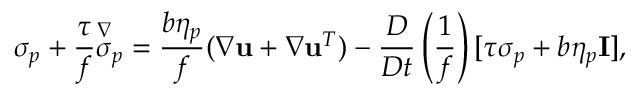
\boldsymbol { \sigma } _ { p } + \frac { \tau } { f } \overset { \nabla } { \boldsymbol { \sigma } } _ { p } = \frac { b \eta _ { p } } { f } ( \nabla \mathbf { u } + \nabla \mathbf { u } ^ { T } ) - \frac { D } { D t } \left( \frac { 1 } { f } \right) [ \tau \boldsymbol { \sigma } _ { p } + b \eta _ { p } \mathbf { I } ] ,